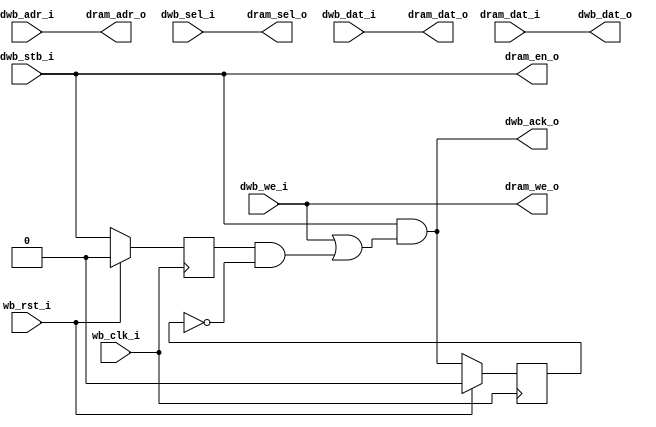
//
// Copyright 2011 Ettus Research LLC
//
// This program is free software: you can redistribute it and/or modify
// it under the terms of the GNU General Public License as published by
// the Free Software Foundation, either version 3 of the License, or
// (at your option) any later version.
//
// This program is distributed in the hope that it will be useful,
// but WITHOUT ANY WARRANTY; without even the implied warranty of
// MERCHANTABILITY or FITNESS FOR A PARTICULAR PURPOSE.  See the
// GNU General Public License for more details.
//
// You should have received a copy of the GNU General Public License
// along with this program.  If not, see <http://www.gnu.org/licenses/>.
//


module dcache
  #(parameter AWIDTH=14,
    parameter CWIDTH=6)
    (input wb_clk_i,
     input wb_rst_i,
     
     input [AWIDTH-1:0] dwb_adr_i,
     input dwb_stb_i,
     input dwb_we_i,
     input [3:0] dwb_sel_i,
     input [31:0] dwb_dat_i,
     output [31:0] dwb_dat_o,
     output dwb_ack_o,
     
     input [31:0] dram_dat_i,
     output [31:0] dram_dat_o,
     output [AWIDTH-1:0] dram_adr_o,
     output dram_we_o,
     output dram_en_o,
     output [3:0] dram_sel_o );

   localparam TAGWIDTH = AWIDTH-CWIDTH-2;
   reg 	      stb_d1, ack_d1, miss_d1;
   reg [AWIDTH-1:0] held_addr;
   reg [31:0] 	    ddata [0:(1<<CWIDTH)-1];
   reg [TAGWIDTH-1:0] dtags [0:(1<<CWIDTH)-1];
   reg 		      dvalid [0:(1<<CWIDTH)-1];
   
   wire [CWIDTH-1:0]  rd_line, wr_line;
   wire [TAGWIDTH-1:0] wr_tags;
   wire 	       cache_write, invalidate;
   wire [31:0] 	       wr_data;
   
   // /////////////////////////////////////
   // Write into cache
   integer 	      i;
   always @(posedge wb_clk_i)
     if(wb_rst_i)
       for(i=0;i<(1<<CWIDTH);i=i+1)
	 dvalid[i] <= 0;
     else
       if(invalidate)
	 dvalid[wr_line] <= 1'b0;
       else if(cache_write)
	 dvalid[wr_line] <= 1'b1;
   
   always @(posedge wb_clk_i)
     if(cache_write)
       begin
	  ddata[wr_line] <= wr_data;
	  dtags[wr_line] <= wr_tags;
       end
   
   // //////////////////////////////////////
   // Read from Cache
   wire [TAGWIDTH-1:0] tag_out = dtags[rd_line];
   wire 	       valid_out = dvalid[rd_line];
   wire [31:0] 	       data_out	= ddata[rd_line];
   wire 	       cache_hit = valid_out & (tag_out == dwb_adr_i[AWIDTH-1:CWIDTH+2]);
   wire 	       cache_miss = ~cache_hit;

   // //////////////////////////////////////
   // Handle 1-cycle delay of Block-RAM
   always @(posedge wb_clk_i)
     if(wb_rst_i)
       stb_d1 <= 0;
     else
       stb_d1 <= dwb_stb_i;
   
   always @(posedge wb_clk_i)
     if(wb_rst_i)
       held_addr <= 0;
     else
       held_addr <= dwb_adr_i;
   
   always @(posedge wb_clk_i) 
     if(wb_rst_i)
       ack_d1 <= 1'b0;
     else 
       ack_d1 <= dwb_ack_o;

   always @(posedge wb_clk_i) 
     if(wb_rst_i)
       miss_d1 <= 0;
     else 
       miss_d1 <= cache_miss;

`define DC_NOCACHE
//`define DC_BASIC
//`define DC_FORWARDING_DP
//`define DC_FORWARDING_SP
//`define DC_PREFETCH

`ifdef DC_NOCACHE
   assign 	       dwb_dat_o = dram_dat_i;
   assign 	       dwb_ack_o = dwb_stb_i & (dwb_we_i | (stb_d1 & ~ack_d1));
   assign 	       dram_adr_o = dwb_adr_i;
   assign 	       dram_en_o = dwb_stb_i;
   assign 	       dram_dat_o = dwb_dat_i;
   assign 	       dram_we_o = dwb_we_i;
   assign 	       dram_sel_o = dwb_sel_i;	       
   assign 	       rd_line = 0;
   assign 	       wr_line = 0;
   assign 	       wr_tags = 0;
   assign 	       wr_data = 0;
   assign 	       cache_write = 0;
   assign 	       invalidate = 0; 	       
`endif
   
`ifdef DC_BASIC    // Very basic, no forwarding, 2 wait states on miss
   assign 	       dwb_dat_o = data_out;
   assign 	       dwb_ack_o = dwb_stb_i & cache_hit;
   assign 	       dram_adr_o = dwb_adr_i;
   assign 	       dram_en_o = dwb_stb_i;
   assign 	       dram_dat_o = dwb_dat_i;
   assign 	       dram_we_o = dwb_we_i;
   assign 	       dram_sel_o = dwb_sel_i;	       
   assign 	       rd_line = dwb_adr_i[CWIDTH+1:2];
   assign 	       wr_line = rd_line;
   assign 	       wr_tags = dwb_adr_i[AWIDTH-1:CWIDTH+2];
   assign 	       wr_data = dwb_we_i ? dwb_dat_i : dram_dat_i;
   assign 	       cache_write = dwb_stb_i & (dwb_we_i | (stb_d1 & miss_d1));
   assign 	       invalidate = dwb_we_i & ~(&dwb_sel_i);
`endif
   
`ifdef DC_FORWARDING_DP   // Simple forwarding, 1 wait state on miss, dual-port ram
   assign 	       dwb_dat_o = cache_hit ? data_out : dram_dat_i;
   assign 	       dwb_ack_o = dwb_stb_i & (cache_hit | (stb_d1 & ~ack_d1));
   assign 	       dram_adr_o = dwb_adr_i;
   assign 	       dram_en_o = 1'b1;
   assign 	       dram_dat_o = dwb_dat_i;
   assign 	       dram_we_o = dwb_we_i;
   assign 	       dram_sel_o = dwb_sel_i;	       
   assign 	       rd_line = dwb_adr_i[CWIDTH+1:2];
   assign 	       wr_line = held_addr[CWIDTH+1:2];
   assign 	       wr_tags = held_addr[AWIDTH-1:CWIDTH+2];	       
   assign 	       wr_data = dram_dat_i;
   assign 	       cache_write = dwb_stb_i & stb_d1 & miss_d1 & ~ack_d1;
   assign 	       invalidate = 0; 	       
`endif

`ifdef DC_FORWARDING_SP   // Simple forwarding, 1 wait state on miss, single-port ram
   assign 	       dwb_dat_o = cache_hit ? data_out : dram_dat_i;
   assign 	       dwb_ack_o = dwb_stb_i & (cache_hit | (stb_d1 & ~ack_d1));
   assign 	       dram_adr_o = dwb_adr_i;
   assign 	       dram_en_o = 1'b1;
   assign 	       dram_dat_o = dwb_dat_i;
   assign 	       dram_we_o = dwb_we_i;
   assign 	       dram_sel_o = dwb_sel_i;	       
   assign 	       rd_line = dwb_adr_i[CWIDTH+1:2];
   assign 	       wr_line = rd_line;
   assign 	       wr_tags = dwb_adr_i[AWIDTH-1:CWIDTH+2];
   assign 	       wr_data = dram_dat_i;
   assign 	       cache_write = dwb_stb_i & stb_d1 & miss_d1 & ~ack_d1;
   assign 	       invalidate = 0; 	       
`endif

`ifdef DC_PREFETCH   // Forwarding plus prefetch

`endif
   
   
endmodule // dcache